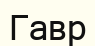
Гавр